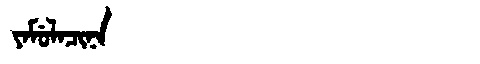
Manchu: ᠶᠠᠮᡠᠯᠠᠴᡳᠨᠠ
Romanization: YAMULACINA